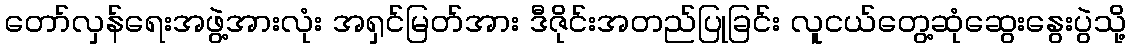
တော်လှန်ရေးအဖွဲ့အားလုံး အရှင်မြတ်အား ဒီဇိုင်းအတည်ပြုခြင်း လူငယ်တွေ့ဆုံဆွေးနွေးပွဲသို့